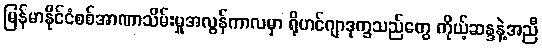
မြန်မာနိုင်ငံစစ်အာဏာသိမ်းမှုအလွန်ကာလမှာ ရိုဟင်ဂျာဒုက္ခသည်တွေ ကိုယ့်ဆန္ဒနဲ့အညီ